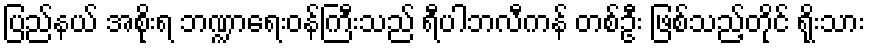
ပြည်နယ် အစိုးရ ဘဏ္ဍာရေးဝန်ကြီးသည် ရီပါဘလီကန် တစ်ဦး ဖြစ်သည့်တိုင် ရိုးသား